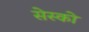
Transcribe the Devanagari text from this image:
सेस्को